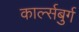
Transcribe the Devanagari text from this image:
कार्ल्सबुर्ग